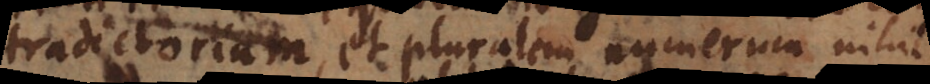
tradictorium, et pluralem numerum nihil